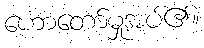
ဟောတော်မှုအပ်၏။